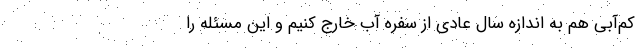
کم‌آبی هم به اندازه سال عادی از سفره آب خارج کنیم و این مسئله را